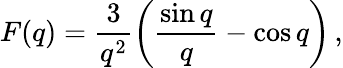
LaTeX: F(q)=\frac{3}{q^{2}}\left(\frac{\sin q}{q}-\cos q\right)\, ,